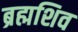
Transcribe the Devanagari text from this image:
ब्रह्मशिव